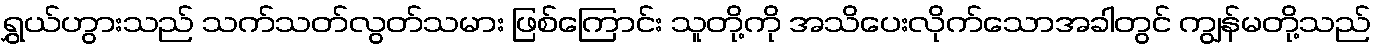
ရွှယ်ဟွားသည် သက်သတ်လွတ်သမား ဖြစ်ကြောင်း သူတို့ကို အသိပေးလိုက်သောအခါတွင် ကျွန်မတို့သည်